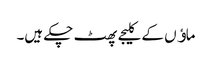
ماﺅں کے کلیجے پھٹ چکے ہیں۔